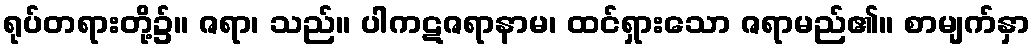
ရုပ်တရားတို့၌။ ဇရာ၊ သည်။ ပါကဋဇရာနာမ၊ ထင်ရှားသော ဇရာမည်၏။ စာမျက်နှာ